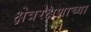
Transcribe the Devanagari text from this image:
क्षेत्ररक्षणाच्या